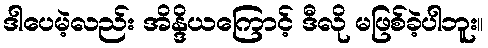
ဒါပေမဲ့လည်း အိန္ဒိယကြောင့် ဒီလို မဖြစ်ခဲ့ပါဘူး။